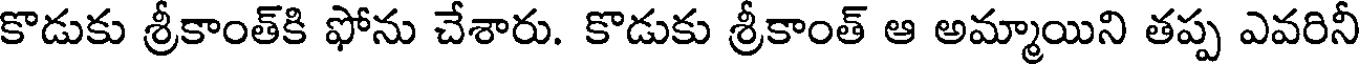
కొడుకు శ్రీకాంత్కి ఫోను చేశారు. కొడుకు శ్రీకాంత్ ఆ అమ్మాయిని తప్ప ఎవరినీ